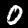
Digit: 0